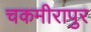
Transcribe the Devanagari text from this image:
चकमीरापुर